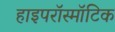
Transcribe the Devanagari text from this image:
हाइपरॉस्मॉटिक